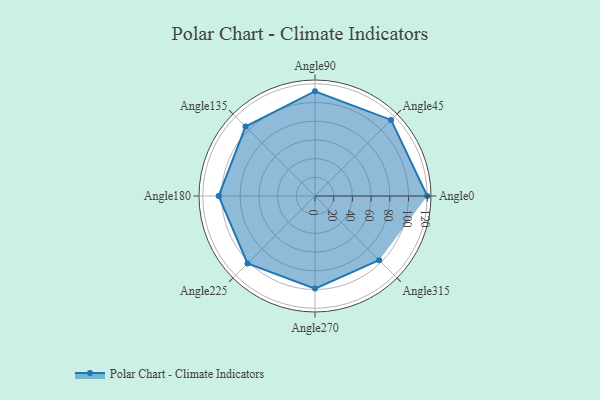
{"axis": {"x": "Angle", "y": "Radius"}, "legend": [""], "data": [{"x": "Angle0", "y": 120.0, "type": ""}, {"x": "Angle45", "y": 115.0, "type": ""}, {"x": "Angle90", "y": 112.0, "type": ""}, {"x": "Angle135", "y": 105.0, "type": ""}, {"x": "Angle180", "y": 103.0, "type": ""}, {"x": "Angle225", "y": 102.0, "type": ""}, {"x": "Angle270", "y": 99.0, "type": ""}, {"x": "Angle315", "y": 97.0, "type": ""}]}